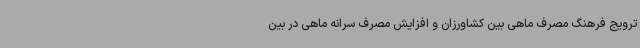
ترویج فرهنگ مصرف ماهی بین کشاورزان و افزایش مصرف سرانه ماهی در بین